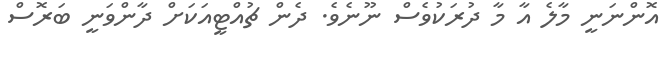
އޮންނަނީ މާލެ އާ މާ ދުރަކުވެސް ނޫނެވެ. ދެން ޗުއްޓީއަކަށް ދާންވަނީ ބަރޮސް